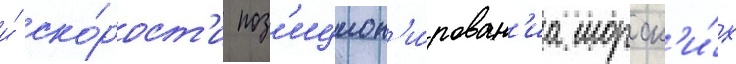
и́ ско́рост'и поз'ицион'и́рован'иа морск'и́х